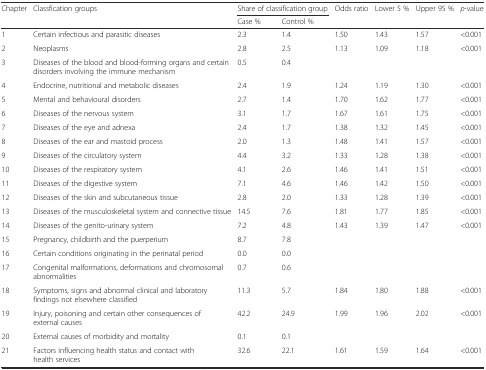
<table><thead><tr><td><b>Chapter</b></td><td><b>Classfication groups</b></td><td colspan="2"><b>Share of classification group</b></td><td><b>Odds ratio</b></td><td><b>Lower 5 %</b></td><td><b>Upper 95 %</b></td><td><b><i>p</i>-value</b></td></tr><tr><td></td><td></td><td><b>Case %</b></td><td><b>Control %</b></td><td></td><td></td><td></td><td></td></tr></thead><tbody><tr><td>1</td><td>Certain infectious and parasitic diseases</td><td>2.3</td><td>1.4</td><td>1.50</td><td>1.43</td><td>1.57</td><td>&lt;0.001</td></tr><tr><td>2</td><td>Neoplasms</td><td>2.8</td><td>2.5</td><td>1.13</td><td>1.09</td><td>1.18</td><td>&lt;0.001</td></tr><tr><td>3</td><td>Diseases of the blood and blood-forming organs and certain disorders involving the immune mechanism</td><td>0.5</td><td>0.4</td><td></td><td></td><td></td><td></td></tr><tr><td>4</td><td>Endocrine, nutritional and metabolic diseases</td><td>2.4</td><td>1.9</td><td>1.24</td><td>1.19</td><td>1.30</td><td>&lt;0.001</td></tr><tr><td>5</td><td>Mental and behavioural disorders</td><td>2.7</td><td>1.4</td><td>1.70</td><td>1.62</td><td>1.77</td><td>&lt;0.001</td></tr><tr><td>6</td><td>Diseases of the nervous system</td><td>3.1</td><td>1.7</td><td>1.67</td><td>1.61</td><td>1.75</td><td>&lt;0.001</td></tr><tr><td>7</td><td>Diseases of the eye and adnexa</td><td>2.4</td><td>1.7</td><td>1.38</td><td>1.32</td><td>1.45</td><td>&lt;0.001</td></tr><tr><td>8</td><td>Diseases of the ear and mastoid process</td><td>2.0</td><td>1.3</td><td>1.48</td><td>1.41</td><td>1.57</td><td>&lt;0.001</td></tr><tr><td>9</td><td>Diseases of the circulatory system</td><td>4.4</td><td>3.2</td><td>1.33</td><td>1.28</td><td>1.38</td><td>&lt;0.001</td></tr><tr><td>10</td><td>Diseases of the respiratory system</td><td>4.1</td><td>2.6</td><td>1.46</td><td>1.41</td><td>1.51</td><td>&lt;0.001</td></tr><tr><td>11</td><td>Diseases of the digestive system</td><td>7.1</td><td>4.6</td><td>1.46</td><td>1.42</td><td>1.50</td><td>&lt;0.001</td></tr><tr><td>12</td><td>Diseases of the skin and subcutaneous tissue</td><td>2.8</td><td>2.0</td><td>1.33</td><td>1.28</td><td>1.39</td><td>&lt;0.001</td></tr><tr><td>13</td><td>Diseases of the musculoskeletal system and connective tissue</td><td>14.5</td><td>7.6</td><td>1.81</td><td>1.77</td><td>1.85</td><td>&lt;0.001</td></tr><tr><td>14</td><td>Diseases of the genito-urinary system</td><td>7.2</td><td>4.8</td><td>1.43</td><td>1.39</td><td>1.47</td><td>&lt;0.001</td></tr><tr><td>15</td><td>Pregnancy, childbirth and the puerperium</td><td>8.7</td><td>7.8</td><td></td><td></td><td></td><td></td></tr><tr><td>16</td><td>Certain conditions originating in the perinatal period</td><td>0.0</td><td>0.0</td><td></td><td></td><td></td><td></td></tr><tr><td>17</td><td>Congenital malformations, deformations and chromosomal abnormalities</td><td>0.7</td><td>0.6</td><td></td><td></td><td></td><td></td></tr><tr><td>18</td><td>Symptoms, signs and abnormal clinical and laboratory findings not elsewhere classified</td><td>11.3</td><td>5.7</td><td>1.84</td><td>1.80</td><td>1.88</td><td>&lt;0.001</td></tr><tr><td>19</td><td>Injury, poisoning and certain other consequences of external causes</td><td>42.2</td><td>24.9</td><td>1.99</td><td>1.96</td><td>2.02</td><td>&lt;0.001</td></tr><tr><td>20</td><td>External causes of morbidity and mortality</td><td>0.1</td><td>0.1</td><td></td><td></td><td></td><td></td></tr><tr><td>21</td><td>Factors influencing health status and contact with health services</td><td>32.6</td><td>22.1</td><td>1.61</td><td>1.59</td><td>1.64</td><td>&lt;0.001</td></tr></tbody></table>